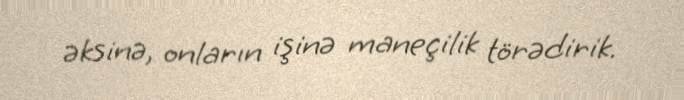
əksinə, onların işinə maneçilik törədirik.